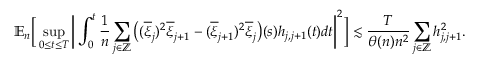
\mathbb { E } _ { n } \bigg [ \operatorname* { s u p } _ { 0 \le t \le T } \bigg | \int _ { 0 } ^ { t } \frac { 1 } { n } \sum _ { j \in \mathbb { Z } } \big ( ( \overline { { \xi } } _ { j } ) ^ { 2 } \overline { { \xi } } _ { j + 1 } - ( \overline { { \xi } } _ { j + 1 } ) ^ { 2 } \overline { { \xi } } _ { j } \big ) ( s ) h _ { j , j + 1 } ( t ) d t \bigg | ^ { 2 } \bigg ] \lesssim \frac { T } { \theta ( n ) n ^ { 2 } } \sum _ { j \in \mathbb { Z } } h _ { j , j + 1 } ^ { 2 } .